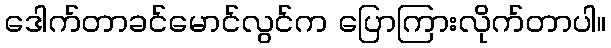
ဒေါက်တာခင်မောင်လွင်က ပြောကြားလိုက်တာပါ။